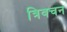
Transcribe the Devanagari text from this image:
त्रिवचन